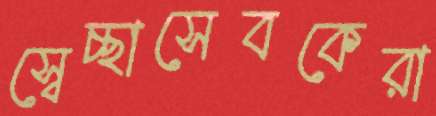
স্বেচ্ছাসেবকেরা